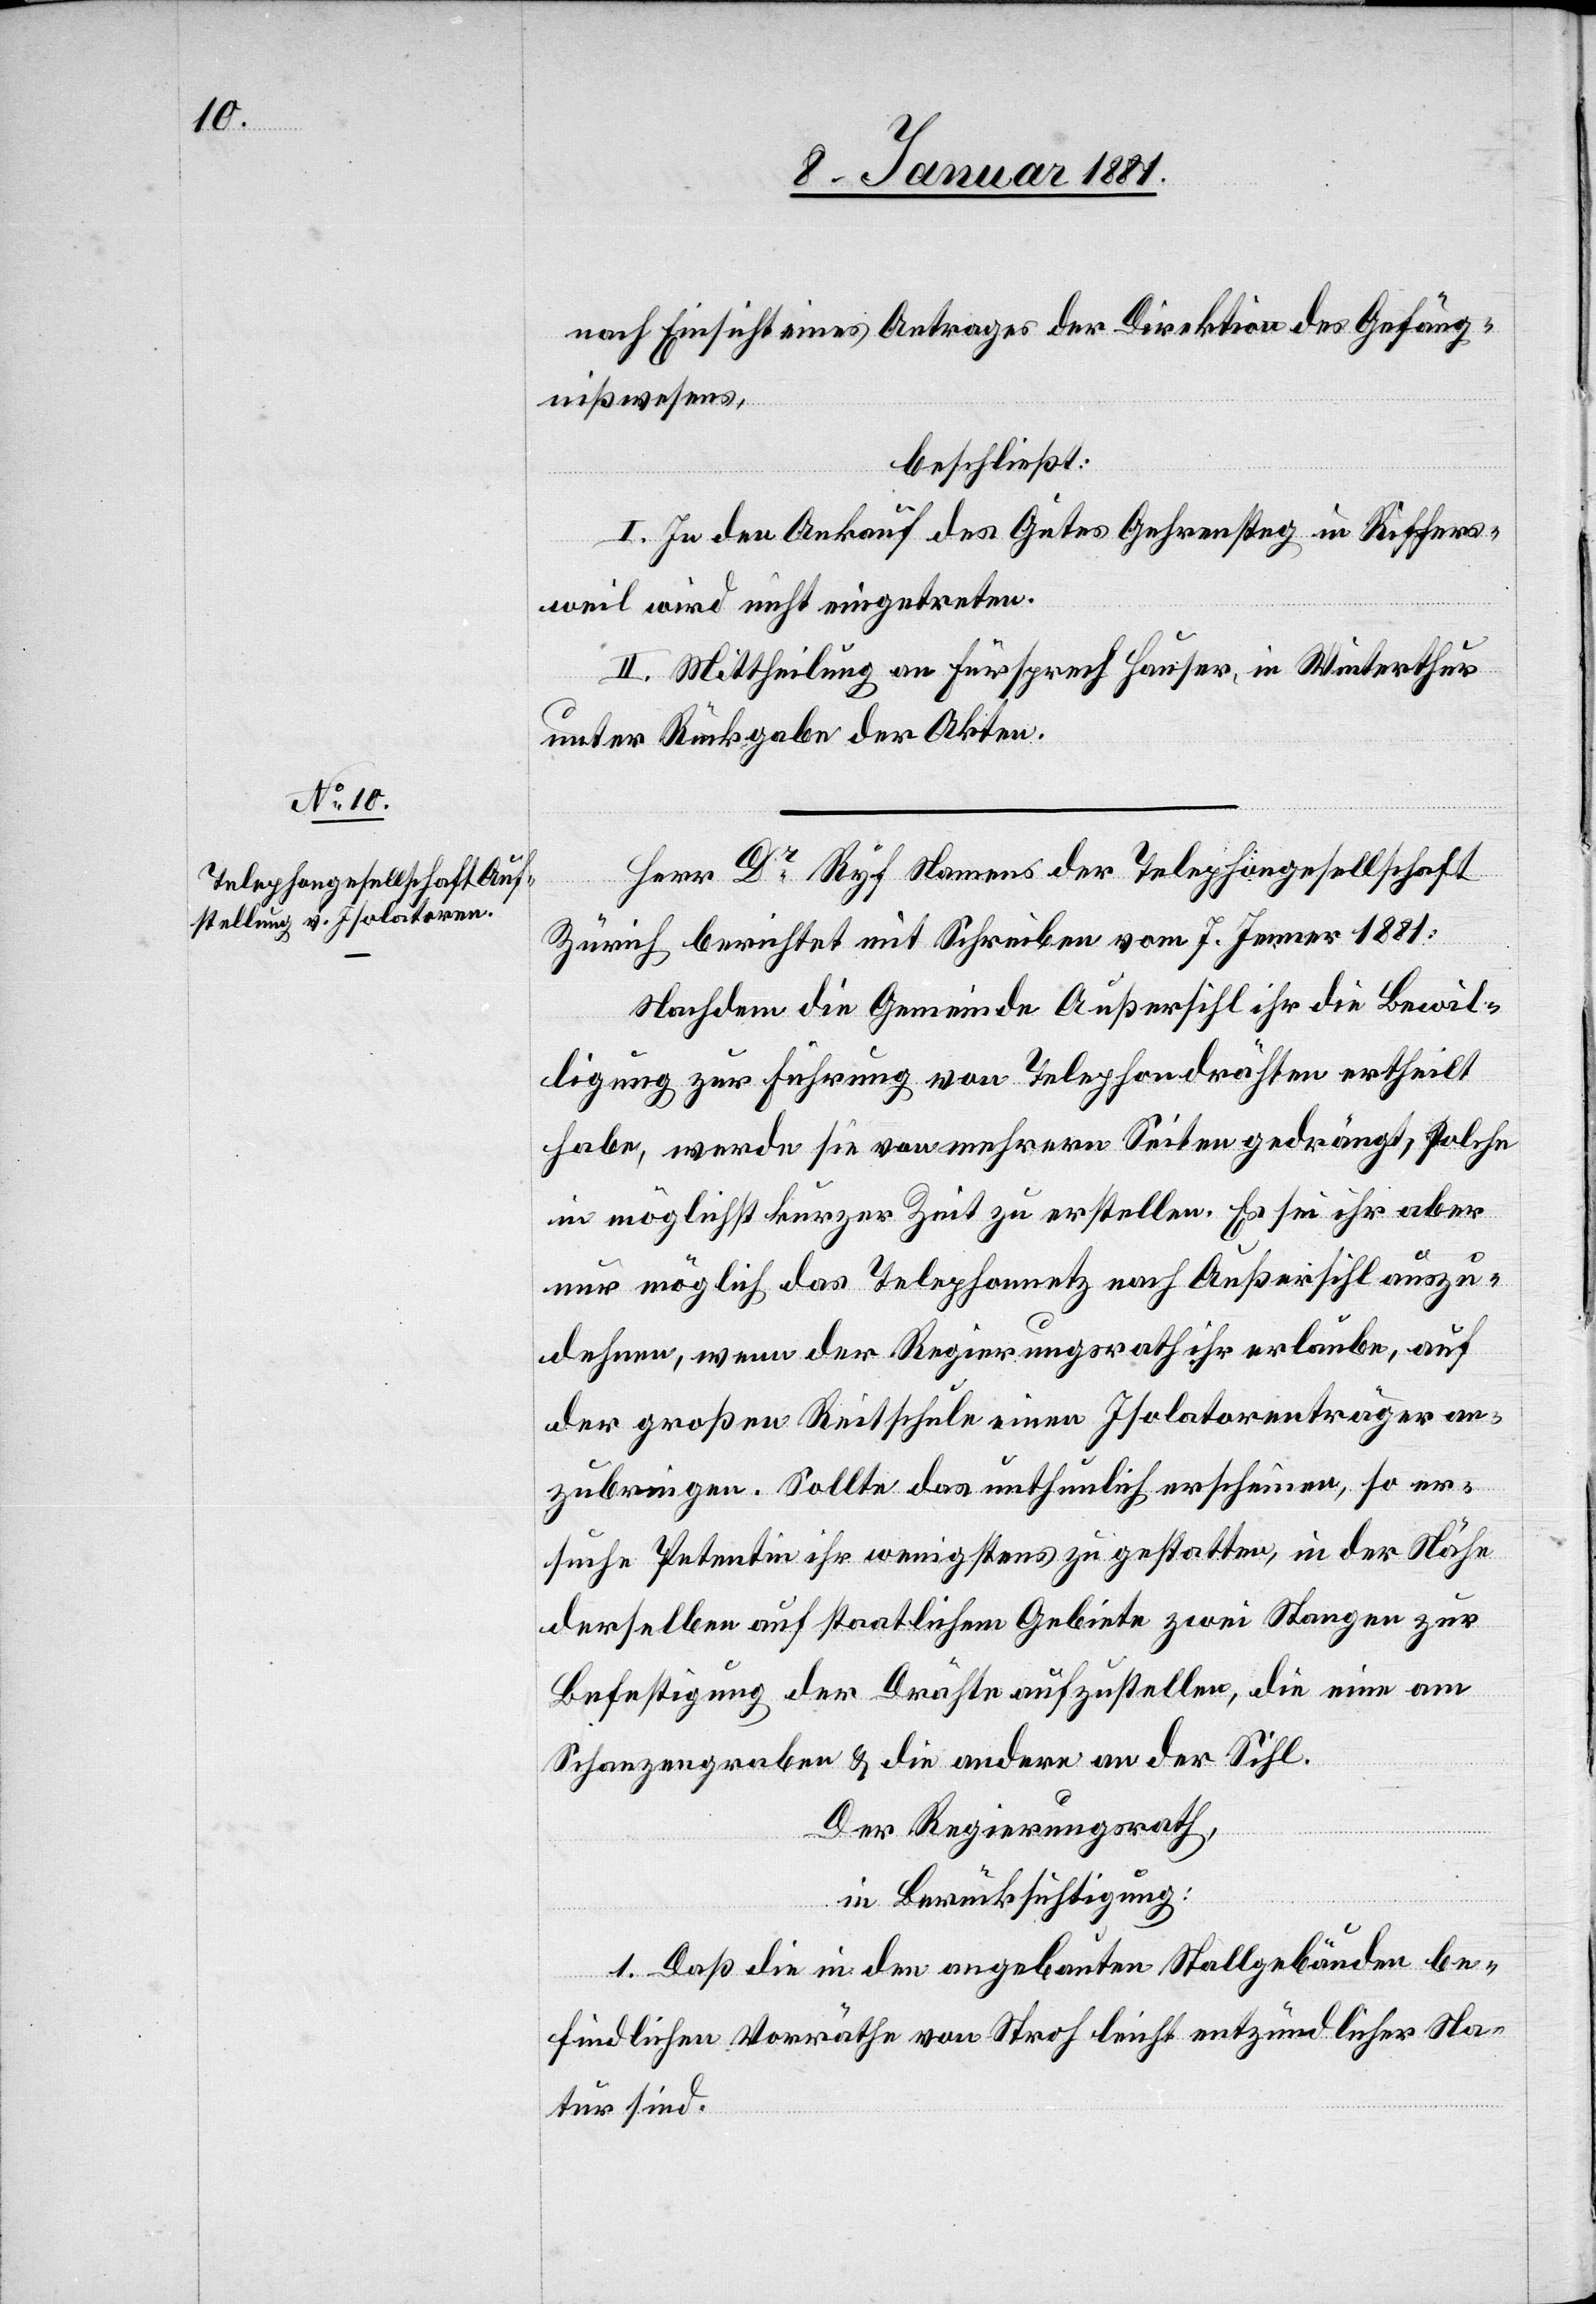
nach Einsicht eines Antrages der Direktion des Gefäng¬
nißwesens,
beschließt:
I. In den Ankauf des Gutes Gehrensteg [sic!] in Riffers¬
weil wird nicht eingetreten.
II. Mittheilung an Fürsprech Hauser, in Winterthur
unter Rückgabe der Akten.
Herr Dr Ryf Namens der Telephongesellschaft
Zürich berichtet mit Schreiben vom 7. Jenner 1881:
Nachdem die Gemeinde Außersihl ihr die Bewil¬
ligung zur Führung von Telephondrähten ertheilt
habe, werde sie von mehrern Seiten gedrängt, solche
in möglichst kurzer Zeit zu erstellen. Es sei ihr aber
nur möglich das Telephonnetz nach Außersihl auszu¬
dehnen, wenn der Regierungsrath ihr erlaube, auf
der großen Reitschule einen Isolatorenträger an¬
zubringen. Sollte das unthunlich erscheinen, so er¬
suche Petentin ihr wenigstens zu gestatten, in der Nähe
derselben auf staatlichem Gebiete zwei Stangen zur
Befestigung der Drähte aufzustellen, die eine am
Schanzengraben & die andere an der Sihl.
Der Regierungsrath,
in Berücksichtigung:
1. Daß die in den abgebauten Stallgebäuden be¬
findlichen Vorräthe von Stroh leicht entzündlicher Na¬
tur sind.